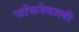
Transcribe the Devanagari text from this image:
जाँचनेवाली